Report on vaccination in Madras 1922-1929 - 1922-1929
Year: 1922
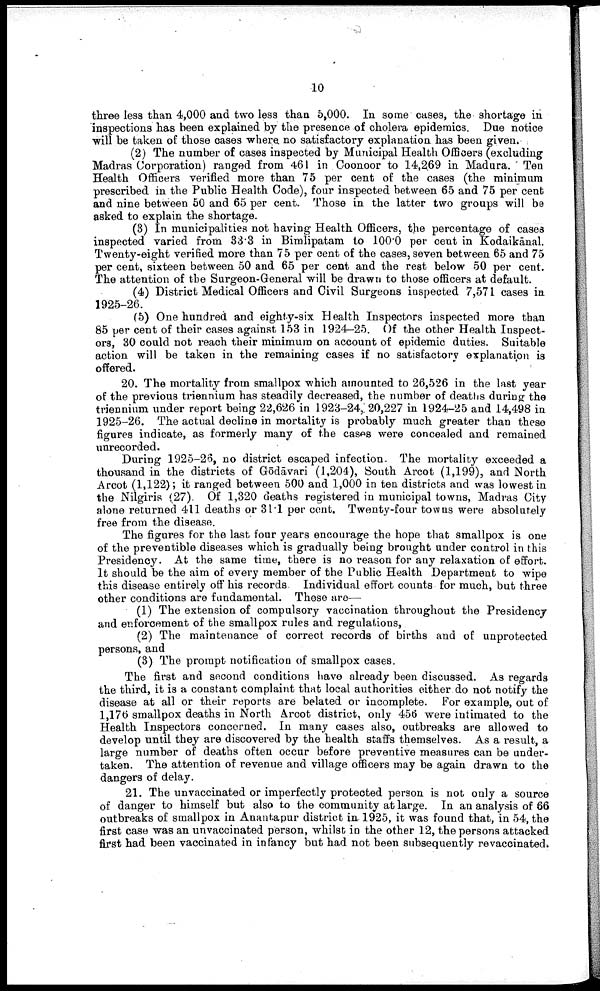
10
three less than 4,000 and two less than 5,000. In some cases, the shortage in
inspections has been explained by the presence of cholera epidemics. Due notice
will be taken of those cases where no satisfactory explanation has been given.
(2) The number of cases inspected by Municipal Health Officers (excluding
Madras Corporation) ranged from 461 in Coonoor to 14,269 in Madura. Ten
Health Officers verified more than 75 per cent of the cases (the minimum
prescribed in the Public Health Code), four inspected between 65 and 75 per cent
and nine between 50 and 65 per cent. Those in the latter two groups will be
asked to explain the shortage.
(3) In municipalities not having Health Officers, the percentage of cases
inspected varied from 33.3 in Bimlipatam to 100.0 per cent in Kodaikānal.
Twenty-eight verified more than 75 per cent of the cases, seven between 65 and 75
per cent, sixteen between 50 and 65 per cent and the rest below 50 per cent.
The attention of the Surgeon-General will be drawn to those officers at default.
(4) District Medical Officers and Civil Surgeons inspected 7,571 cases in
1925-26.
(5) One hundred and eighty-six Health Inspectors inspected more than
85 per cent of their cases against 153 in 1924-25. Of the other Health Inspect
ors, 30 could not reach their minimum on account of epidemic duties. Suitable
action will be taken in the remaining cases if no satisfactory explanation is
offered.
20. The mortality from smallpox which amounted to 26,526 in the last year
of the previous triennium has steadily decreased, the number of deaths during the
triennium under report being 22,626 in 1923-24, 20,227 in 1924-25 and 14,498 in
1925-26. The actual decline in mortality is probably much greater than these
figures indicate, as formerly many of the cases were concealed and remained
unrecorded.
During 1925-26, no district escaped infection. The mortality exceeded a
thousand in the districts of Gōdāvari (1,204), South Arcot (1,199), and North
Arcot (1,122); it ranged between 500 and 1,000 in ten districts and was lowest in
the Nilgiris (27). Of 1,320 deaths registered in municipal towns, Madras City
alone returned 411 deaths or 31.1 per cent. Twenty-four towns were absolutely
free from the disease.
The figures for the last four years encourage the hope that smallpox is one
of the preventible diseases which is gradually being brought under control in this
Presidency. At the same time, there is no reason for any relaxation of effort.
It should be the aim of every member of the Public Health Department to wipe
this disease entirely off his records. Individual effort counts for much, but three
other conditions are fundamental. These are—
(1) The extension of compulsory vaccination throughout the Presidency
and enforcement of the smallpox rules and regulations,
(2) The maintenance of correct records of births and of unprotected
persons, and
(3) The prompt notification of smallpox cases.
The first and second conditions have already been discussed. As regards
the third, it is a constant complaint that local authorities either do not notify the
disease at all or their reports are belated or incomplete. For example, out of
1,176 smallpox deaths in North Arcot district, only 456 were intimated to the
Health Inspectors concerned. In many cases also, outbreaks are allowed to
develop until they are discovered by the health staffs themselves. As a result, a
large number of deaths often occur before preventive measures can be under
taken. The attention of revenue and village officers may be again drawn to the
dangers of delay.
21. The unvaccinated or imperfectly protected person is not only a source
of danger to himself but also to the community at large. In an analysis of 66
outbreaks of smallpox in Anantapur district in 1925, it was found that, in 54, the
first case was an unvaccinated person, whilst in the other 12, the persons attacked
first had been vaccinated in infancy but had not been subsequently revaccinated.